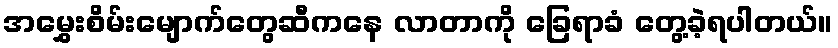
အမွှေးစိမ်းမျောက်တွေဆီကနေ လာတာကို ခြေရာခံ တွေ့ခဲ့ရပါတယ်။